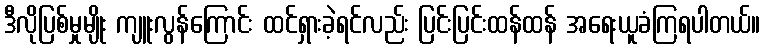
ဒီလိုပြစ်မှုမျိုး ကျူးလွန်ကြောင်း ထင်ရှားခဲ့ရင်လည်း ပြင်းပြင်းထန်ထန် အရေးယူခံကြရပါတယ်။